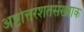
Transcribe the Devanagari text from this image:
अष्टोत्तरशतसंख्याक